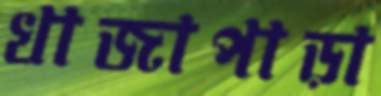
খাজাপাড়া